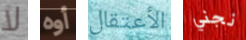
لا أوه الأعتقال نجني